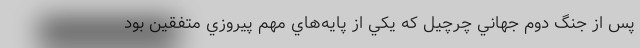
پس از جنگ دوم جهاني چرچيل كه يكي از پايه‌هاي مهم پيروزي متفقين بود